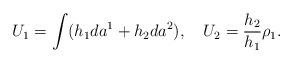
LaTeX: \begin{align*}U_1 = \int (h_1 da^1 + h_2 da^2), \quad U_2 = \frac{h_2}{h_1}\rho_1.\end{align*}